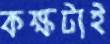
কক্ষটাই